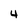
Character: 4